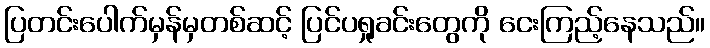
ပြတင်းပေါက်မှန်မှတစ်ဆင့် ပြင်ပရှုခင်းတွေကို ငေးကြည့်နေသည်။